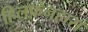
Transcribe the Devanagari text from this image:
हिलफ़ेनहास